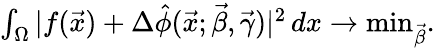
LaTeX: \begin{array}{r}{\int_{\Omega}|f(\vec{x})+\Delta\hat{\phi}(\vec{x};\vec{\beta},\vec{\gamma})|^{2}\, dx\rightarrow\mathrm{min}_{{\vec{\beta}}}.}\end{array}